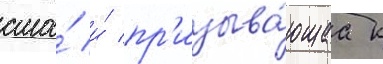
сша́ и́ пр'изыва́ющаа к